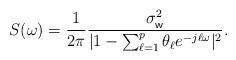
LaTeX: \begin{align*}S(\omega) = \frac{1}{2\pi}\frac{\sigma^2_{\sf w}}{|1- \sum_{\ell=1}^p \theta_{\ell} e^{-j\ell\omega}|^2}.\end{align*}